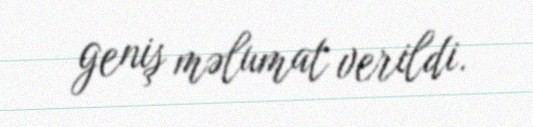
geniş məlumat verildi.